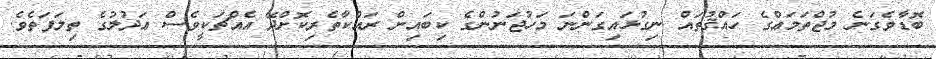
ބޮޑާވެގަނެ މުޖްތަމަޢްގެ ހައްޤުތައް ނިގުޅައިގަންނަ މަހުޖަނުންގެ ކިބައިން ރައްކާތެރިކޮށްދޭ އެއްޗަކީވެސް ޢަދުލުގެ ތިލަފަތެވެ.